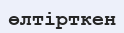
өлтірткен